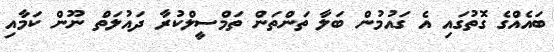
ބައެއްގެ ގޮތުގައި އެ ގައުމުން ބަލާ ތަންތަން ތަމްސީލްކުރާ ދައުލަތް ނޫން ކަމާއި